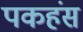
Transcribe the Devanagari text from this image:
पकहंस